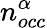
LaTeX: n_{occ}^{\alpha}